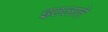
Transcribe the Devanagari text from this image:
इठलाते